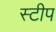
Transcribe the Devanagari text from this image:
स्टीप